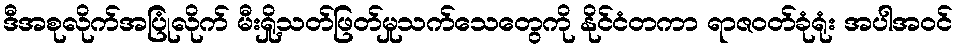
ဒီအစုလိုက်အပြုံလိုက် မီးရှို့သတ်ဖြတ်မှုသက်သေတွေကို နိုင်ငံတကာ ရာဇဝတ်ခုံရုံး အပါအဝင်